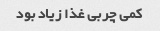
کمی چربی غذا زیاد بود